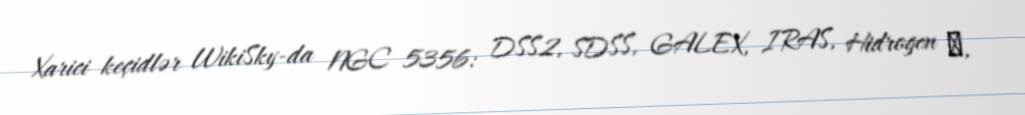
Xarici keçidlər WikiSky-da NGC 5356: DSS2, SDSS, GALEX, IRAS, Hidrogen α,